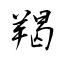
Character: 羯